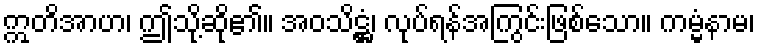
ဣတိအာဟ၊ ဤသို့ဆို၏။ အဝသိဋ္ဌံ၊ လုပ်ရန်အကြွင်းဖြစ်သော။ ကမ္မံနာမ၊